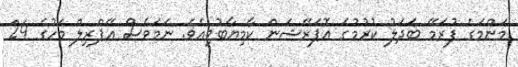
މަންމަގެ ފުރަމޭ ބަދަލު ކުރުމުގެ އޮޕަރޭޝަން ކާމިޔާބުވިއެވެ. ނަމަވެސް އޭޕްރިލް މަހުގެ 24